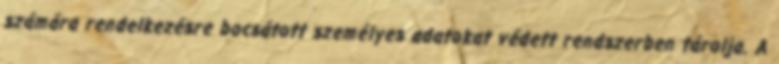
számára rendelkezésre bocsátott személyes adatokat védett rendszerben tárolja. A